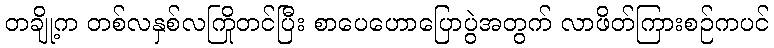
တချို့က တစ်လနှစ်လကြိုတင်ပြီး စာပေဟောပြောပွဲအတွက် လာဖိတ်ကြားစဉ်ကပင်